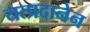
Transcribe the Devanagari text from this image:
यत्प्रदानेन